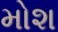
મોશ